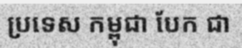
ប្រទេស កម្ពុជា បែក ជា